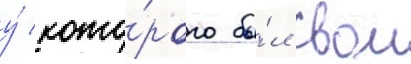
у́ кото́рого бы́л свои